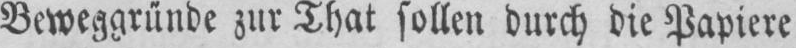
Beweggründe zur That sollen durch die Papiere